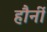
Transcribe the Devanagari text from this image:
हौर्नी